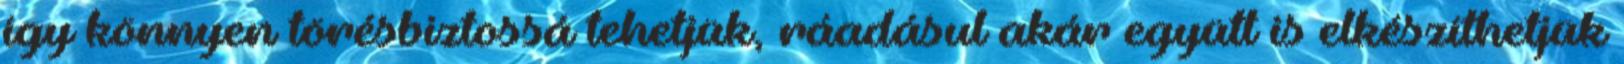
így könnyen törésbiztossá tehetjük, ráadásul akár együtt is elkészíthetjük